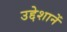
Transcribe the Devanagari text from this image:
उद्देशानें